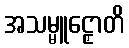
အသမ္မူဠှောတိ